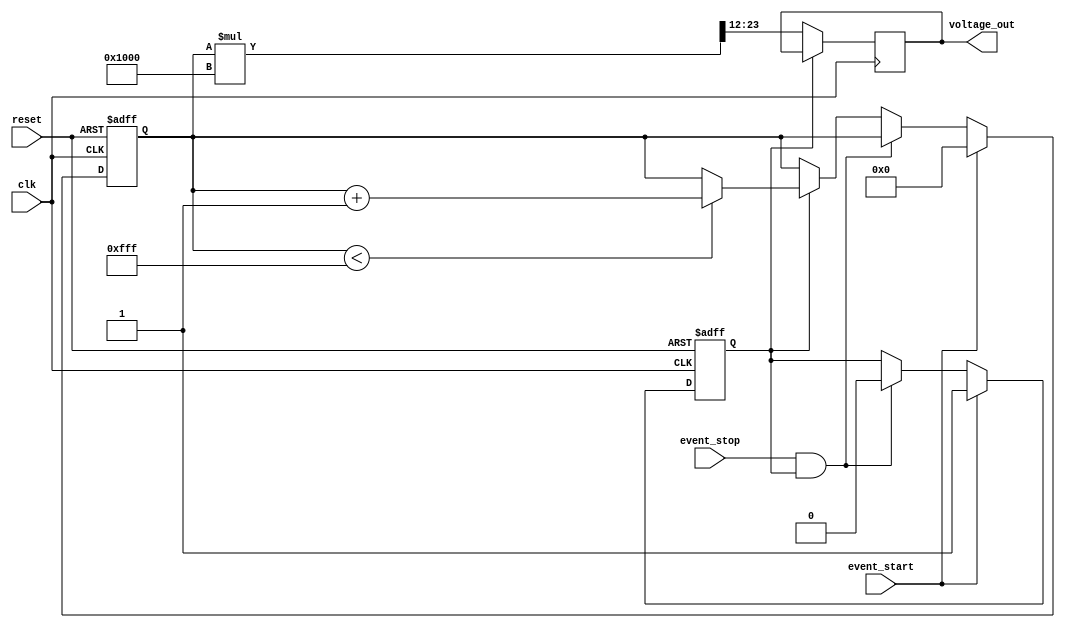
module TDC (
    input wire clk,               // System clock
    input wire reset,             // Reset signal
    input wire event_start,       // Start event signal
    input wire event_stop,        // Stop event signal
    output reg [11:0] voltage_out  // Output voltage level (12-bit for simplicity)
);

    // Parameters
    parameter k = 4096;           // Scaling factor for voltage conversion (example value)
    parameter MAX_COUNT = 4095;   // Maximum count value for the counter (12-bit)

    // Internal signals
    reg [11:0] time_count;         // Time counter (12-bit)
    reg counting;                  // Counting state flag

    // Event Detector and Time Counter
    always @(posedge clk or posedge reset) begin
        if (reset) begin
            time_count <= 12'b0;   // Reset time count
            counting <= 1'b0;      // Reset counting state
        end else begin
            if (event_start) begin
                time_count <= 12'b0; // Start counting
                counting <= 1'b1;    // Set counting flag
            end else if (event_stop && counting) begin
                counting <= 1'b0;    // Stop counting
            end else if (counting) begin
                if (time_count < MAX_COUNT) begin
                    time_count <= time_count + 1; // Increment time count
                end
            end
        end
    end

    // Analog Voltage Generator (Time-to-Voltage Conversion)
    always @(posedge clk) begin
        if (!counting) begin
            // Convert time count to voltage level
            voltage_out <= (time_count * k) >> 12; // Scale and convert to voltage
        end
    end

endmodule